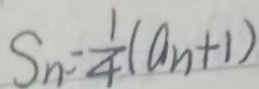
S _ { n } = \frac { 1 } { 4 } ( a _ { n } + 1 )